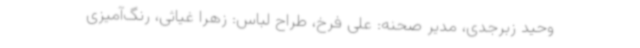
وحید زبرجدی، مدیر صحنه: علی فرخ، طراح لباس: زهرا غیاثی، رنگ‌آمیزی